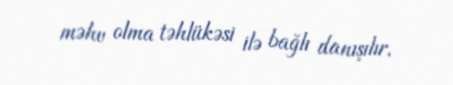
məhv olma təhlükəsi ilə bağlı danışılır.